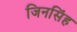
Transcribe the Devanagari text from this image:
जिनसिंह